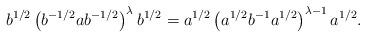
LaTeX: \begin{align*}b^{1/2}\left( b^{-1/2}ab^{-1/2}\right) ^{\lambda }b^{1/2}=a^{1/2}\left(a^{1/2}b^{-1}a^{1/2}\right) ^{\lambda -1}a^{1/2}. \end{align*}